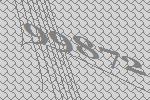
99872